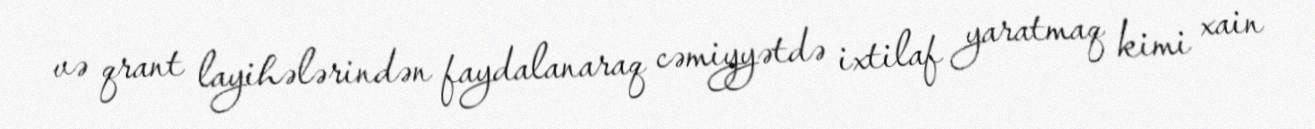
və qrant layihələrindən faydalanaraq cəmiyyətdə ixtilaf yaratmaq kimi xain